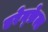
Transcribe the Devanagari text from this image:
एरेन्फ़ेल्ड